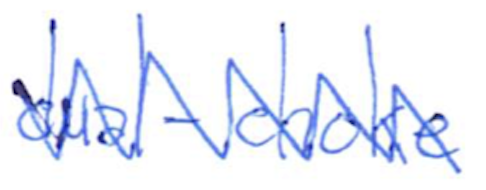
Text: dual-choke
Cross-out: zig-zag
Writing tool: ballpoint